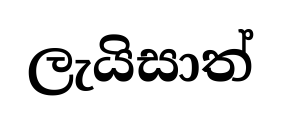
ලැයිසාත්